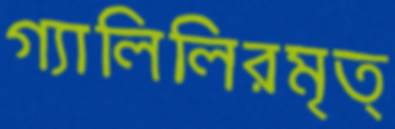
গ্যালিলিরমৃত্